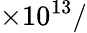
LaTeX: \times 10^{13}/